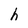
Character: h